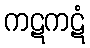
ကဋကဋံ